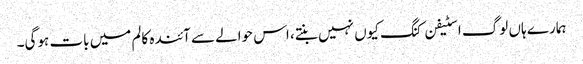
ہمارے ہاں لوگ اسٹیفن کنگ کیوں نہیں بنتے، اس حوالے سے آئندہ کالم میں بات ہوگی۔